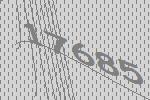
17685